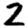
Digit: 2